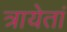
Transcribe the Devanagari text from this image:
त्रायेतां